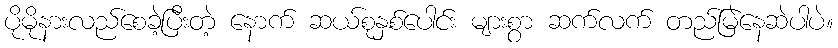
ပိုမိုနားလည်စေခဲ့ပြီးတဲ့ နောက် ဆယ်စုနှစ်ပေါင်း များစွာ ဆက်လက် တည်မြဲနေဆဲပါပဲ။